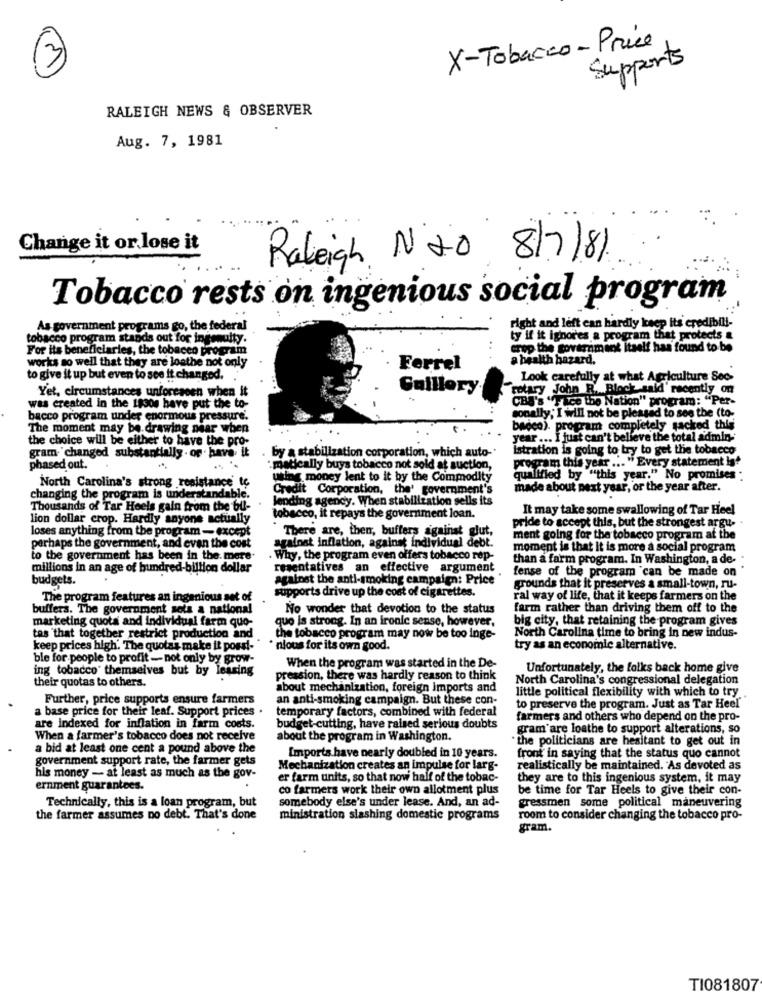
X-Tobacco - Price
Supports
RALEIGH NEWS & OBSERVER
Aug. 7, 1981
Change it or lose it
Raleigh N 20 8/7/81
Tobacco rests on ingenious social program
As government programs go, the federal
right and left can hardly keep its credibili-
tobacco program stands out for ingenuity.
ty if it ignores a program that protects &
For its beneficiaries, the tobacco program
crop the government Itself has found to be
a health hazard.
works so well that they are loathe not only
Ferrel
to give it up but even to see it changed.
Look carefully at what Agriculture Seo-
Guillory
rotary John R. Block said' recently on
Yet, circumstances unforeseen when it
CBS's "Face the Nation" program: "Per-
was created in the issos have put the to-
bacco program under enormous pressure.
sonally; I will not be pleased to see the (to-
The moment may be. drawing near when
bacco). program completely sacked this
the choice will be either to have the pro-
year ... I just can't believe the total admin-
gram- changed substantially . or have it
by a stabilization corporation, which auto-"
istration is going to try to get the tobacco
gram this year ... " Every statement is'
phased out.
matically buys tobacco not sold at suction,
North Carolina's strong resistance to
using money lent to it by the Commodity
qualified by "this year." No promises "
Credit Corporation, the' government's
made about next year, or the year after.
changing the program is understandable.
lending agency. When stabilization sells its
Thousands of Tar Heels gain from the bu-
It may take some swallowing of Tar Heel
lion dollar crop. Hardly anyone actually
tobacco, it repays the government loan.
loses anything from the program - except
pride to accept this, but the strongest argu-
against inflation, against individual debt.
There are, then, buffers against glut,
ment going for the tobacco program at the
perhaps the government, and even the cost
moment is that it is more a social program
to the government has been in the. mare-
Why, the program even offers tobacco rep-
than a farm program. In Washington, a de-
millions in an age of hundred-billion dollar
resentatives an effective argument
fense of the program can be made on
budgets.
against the anti-smoking campaign: Price
supports drive up the cost of cigarettes.
grounds that it preserves a small-town, ru-
The program features an ingenious set of
ral way of life, that it keeps farmers on the
buffers. The government sets a national
No wonder that devotion to the status
farm rather than driving them off to the
marketing quota and individual farm quo-
que is strong. In an ironic sense, however,
big city, that retaining the program gives
North Carolina time to bring in new indus-
tas 'that together restrict production and
the tobacco program may now be too inge-
keep prices high. The quotas make it possi-
nious for its own good.
try as an economic alternative.
ble for people to profit - not only by grow-
ing tobacco' themselves but by leasing
When the program was started in the De-
Unfortunately, the folks back home give
their quotas to others.
pression, there was hardly reason to think
North Carolina's congressional delegation
about mechanization, foreign imports and
little political flexibility with which to try
Further, price supports ensure farmers
an anti-smoking campaign. But these con-
a base price for their leaf. Support prices .
temporary factors, combined with federal
to preserve the program. Just as Tar Heel'
farmers and others who depend on the pro-
are indexed for inflation in farm costs.
budget-cutting, have raised serious doubts
gram'are loathe to support alterations, so
When a farmer's tobacco does not receive
about the program in Washington.
the politicians are hesitant to get out in
a bid at least one cent a pound above the
government support rate, the farmer gets
Imports have nearly doubled in 10 years.
front in saying that the status quo cannot
Mechanization creates an impulse for larg-
realistically be maintained. As devoted as
his money - at least as much as the gov-
er farm units, so that now half of the tobac-
they are to this ingenious system, it may
ernment guarantees.
co farmers work their own allotment plus
be time for Tar Heels to give their con-
somebody else's under lease. And, an ad-
Technically, this is a loan program, but
gressmen some political maneuvering
the farmer assumes no debt. That's done
ministration slashing domestic programs
room to consider changing the tobacco pro-
gram.
TI081807